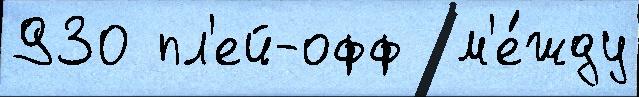
930 пл'ей-офф  м'е́жду